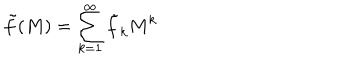
\tilde { f } ( M ) = \sum _ { k = 1 } ^ { \infty } \tilde { f } _ { k } M ^ { k }